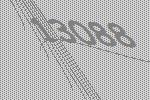
13088